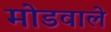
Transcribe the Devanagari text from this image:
मोडवाले